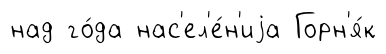
над го́да нас'ел'е́н'иjа Горн'я́к